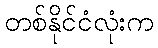
တစ်နိုင်ငံလုံးက